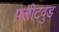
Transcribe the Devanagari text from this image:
फ़्लीटवुड